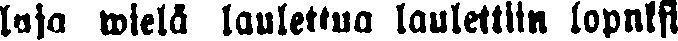
luja wielä laulettua laulettiin lopuksi